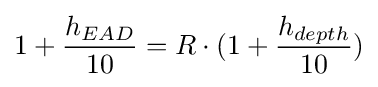
1+{\frac {h_{EAD}}{10}}=R\cdot (1+{\frac {h_{depth}}{10}})